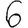
Digit: 6